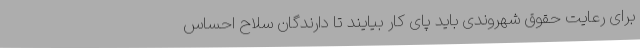
برای رعایت حقوق شهروندی باید پای کار بیایند تا دارندگان سلاح احساس